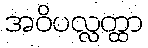
အဝိပလ္လတ္ထာ